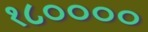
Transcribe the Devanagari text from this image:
१८००००